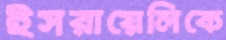
ইসরায়েলিকে